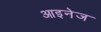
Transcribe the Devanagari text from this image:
आइनेज